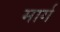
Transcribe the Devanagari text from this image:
मार्ग